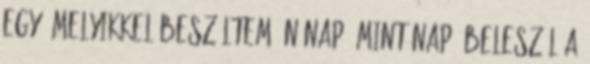
egy? Melyikkel beszéltem én nap, mint nap? Beleszól a